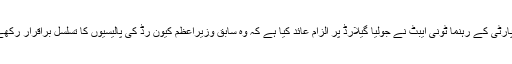
قدامت پسند پارٹی کے رہنما ٹونی ایبٹ نے جولیا گیلارڈ پر الزام عائد کیا ہے کہ وہ سابق وزیراعظم کیون رڈ کی پالیسیوں کا تسلسل براقرار رکھے ہوئے ہیں۔